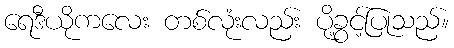
ရေဒီယိုကလေး တစ်လုံးလည်း ပို့ခွင့်ပြုသည်။